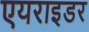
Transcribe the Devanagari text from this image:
एयराइडर